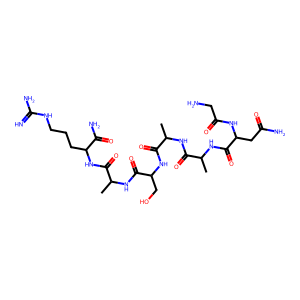
SMILES: CC(NC(=O)C(C)NC(=O)C(CC(N)=O)NC(=O)CN)C(=O)NC(CO)C(=O)NC(C)C(=O)NC(CCCNC(=N)N)C(N)=O
Inhibits HIV replication: No